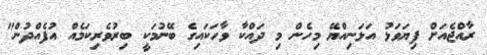
ރާއްޖެއަށް ފިޔަވަޅު އަޅަނިއްޔޭ މިހެން މި ދައްކާ ވާހަކައިގެ ބޭނުމަކީ ބިރުވެރިކަމެއް އުފެއްދުން"